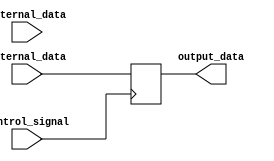
module IOBlocks (
    input wire external_data,
    input wire internal_data,
    input wire control_signal,
    output reg output_data
);

wire input_buffer_out;
wire output_buffer_out;

assign input_buffer_out = external_data;
assign output_buffer_out = internal_data;

always @ (posedge control_signal) begin
    if (control_signal == 1'b0) begin
        output_data <= input_buffer_out;
    end else begin
        output_data <= output_buffer_out;
    end
end

endmodule